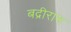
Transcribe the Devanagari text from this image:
बद्रीराम